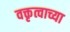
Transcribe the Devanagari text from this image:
वक्तृत्वाच्या